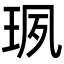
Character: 珟